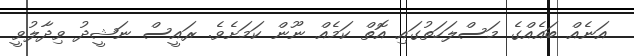
އަނެއް ބައެއްގެ މަސްލަހަތުގައި އޮތް ކަމެއް ނޫން ކަމަށެވެ. ރައީސް ނަޝީދު ވިދާލުވީ